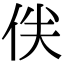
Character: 𠈖